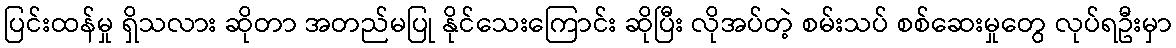
ပြင်းထန်မှု ရှိသလား ဆိုတာ အတည်မပြု နိုင်သေးကြောင်း ဆိုပြီး လိုအပ်တဲ့ စမ်းသပ် စစ်ဆေးမှုတွေ လုပ်ရဦးမှာ